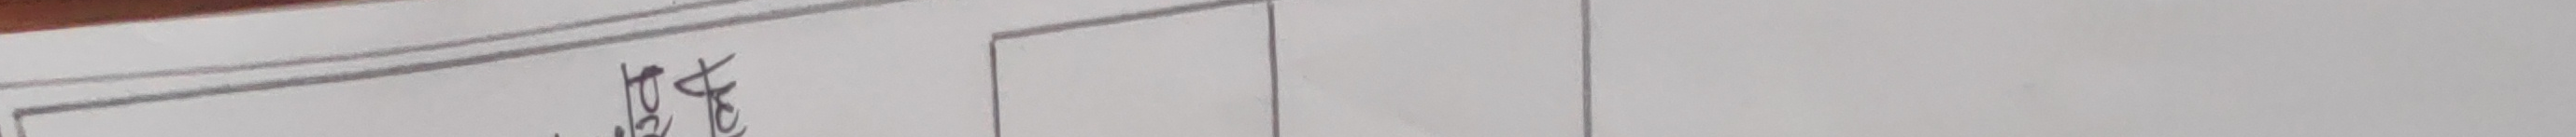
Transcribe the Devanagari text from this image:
भिड्‌दै